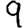
Digit: 9